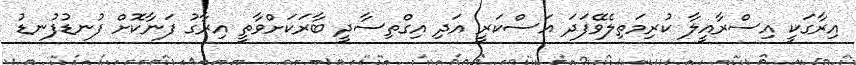
އިރާގަކީ އިސްރާއީލާ ކުރިމަތިލެވޭފަދަ އަސްކަރީ އަދި އިގްތިސާދީ ބާރަކަށްވާތީ އިރާގު ފަނާކޮށް ފުނޑުފުނޑު